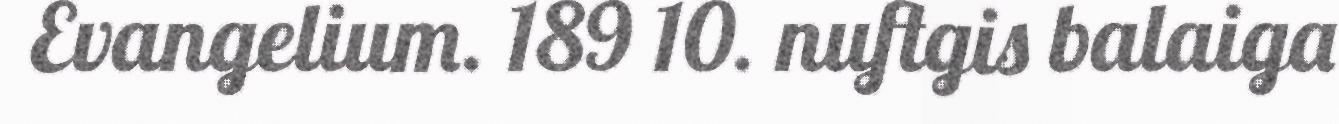
Evangelium. 189 10. nuftgis balaiga